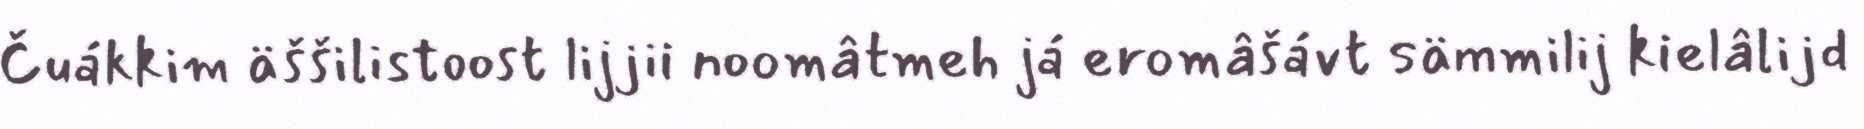
Čuákkim äššilistoost lijjii noomâtmeh já eromâšávt sämmilij kielâlijd